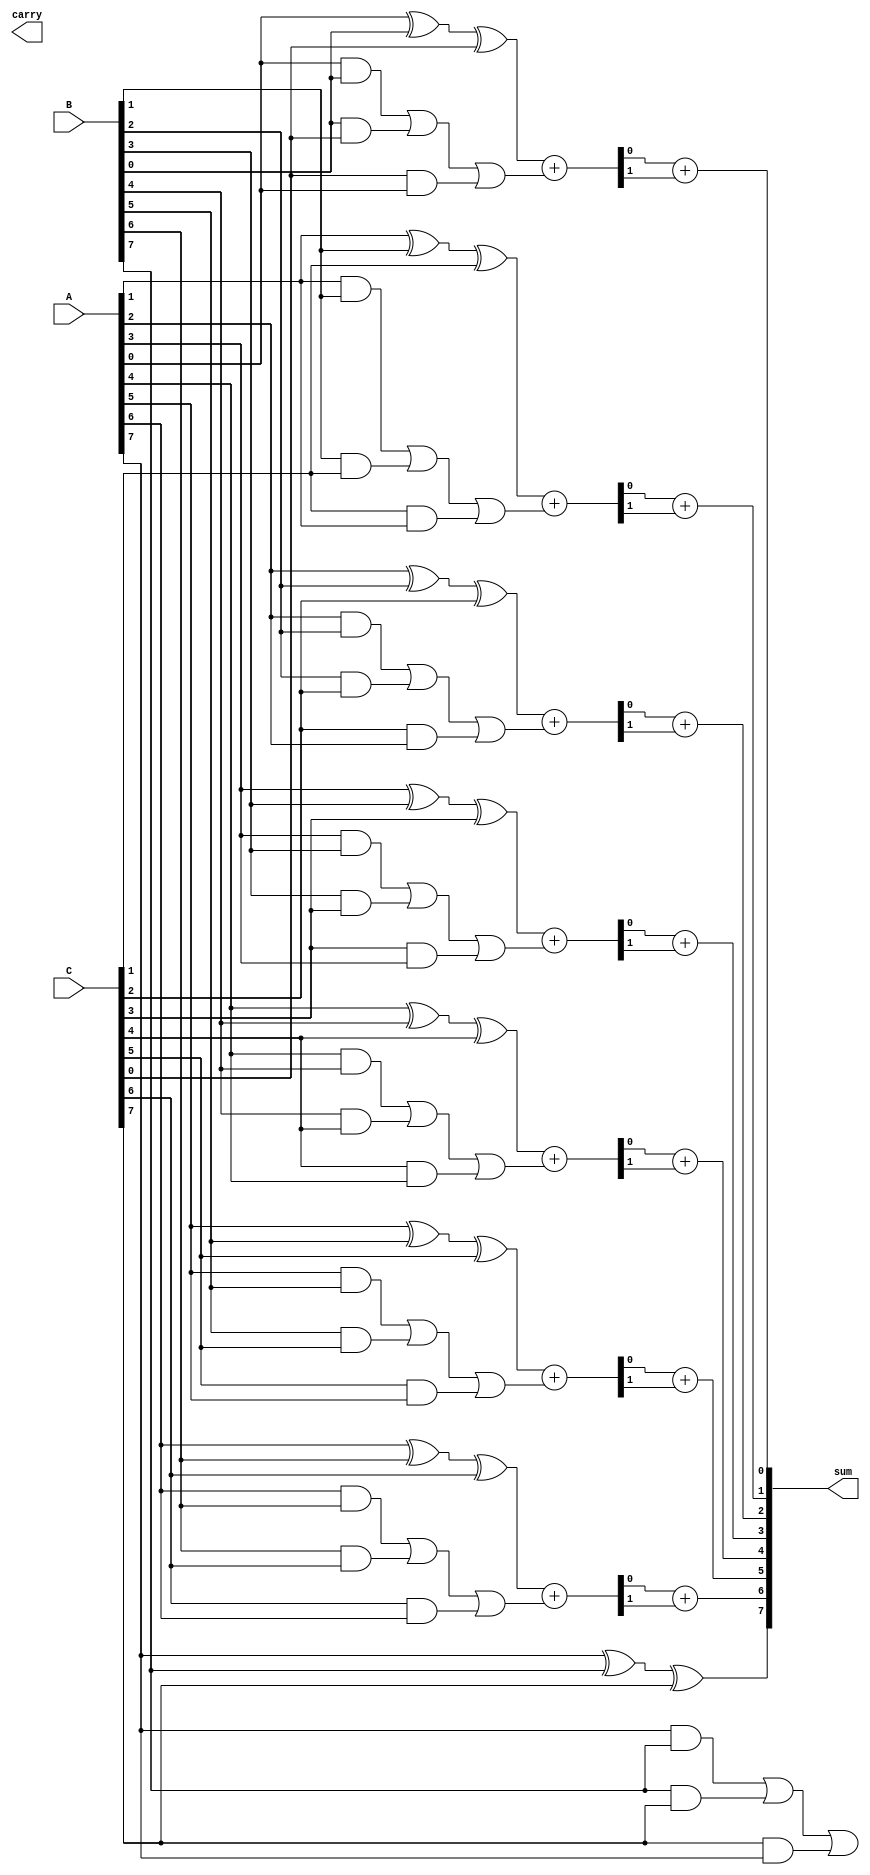
module carry_save_adder #(
    parameter N = 8 // Bit-width of the operands
)(
    input  [N-1:0] A, // First operand
    input  [N-1:0] B, // Second operand
    input  [N-1:0] C, // Third operand
    output [N-1:0] sum, // Final sum output
    output [N-1:0] carry // Final carry output
);

// Intermediate signals for partial sums and carries
wire [N-1:0] partial_sum;
wire [N-1:0] partial_carry;

// Generate partial sums and carries
genvar i;
generate
    for (i = 0; i < N; i = i + 1) begin : CSA
        assign partial_sum[i] = A[i] ^ B[i] ^ C[i]; // Partial sum
        assign partial_carry[i] = (A[i] & B[i]) | (B[i] & C[i]) | (C[i] & A[i]); // Partial carry
    end
endgenerate

// Reduction tree to combine partial sums and carries
wire [N-1:0] sum_level1, carry_level1;
wire [N-1:0] sum_level2, carry_level2;

// First level of reduction (using full adders)
generate
    for (i = 0; i < N-1; i = i + 1) begin : level1
        assign {carry_level1[i], sum_level1[i]} = partial_sum[i] + partial_carry[i]; // Full adder
    end
    assign sum_level1[N-1] = partial_sum[N-1]; // Last bit without carry
    assign carry_level1[N-1] = partial_carry[N-1]; // Last carry
endgenerate

// Second level of reduction (if needed)
generate
    for (i = 0; i < N-1; i = i + 1) begin : level2
        assign {carry_level2[i], sum[i]} = sum_level1[i] + carry_level1[i]; // Full adder
    end
    assign sum[N-1] = sum_level1[N-1]; // Last bit without carry
    assign carry[N-1] = carry_level1[N-1]; // Last carry
endgenerate

endmodule